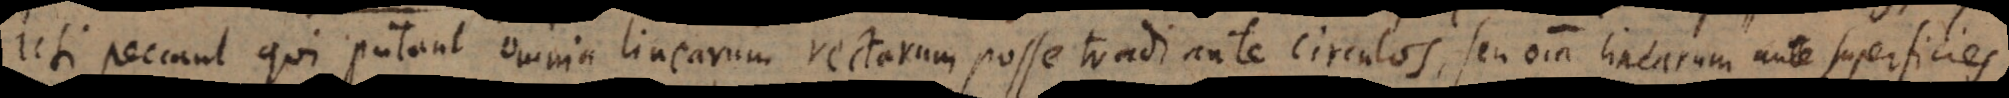
uti peccant qui putant omnia linearum rectarum posse tradi ante circulos, seu omnia linearum ante superfic